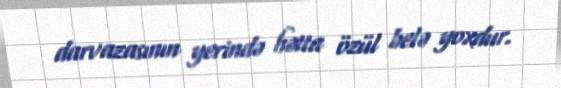
darvazasının yerində hətta özül belə yoxdur.